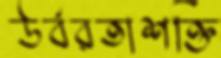
উর্বরতাশক্তি